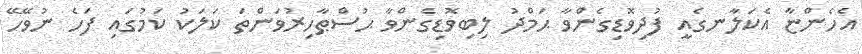
އެހެންޏާ އެކަލާނގެއީ ފުދިވޮޑިގެންވާ ޙަމްދު ލިބިވޮޑިގެންވާ ޙުސްޠާހިރުވަންތަ ކަލަކު ކަމުގައި ފަހެ ނުވޭހޭ